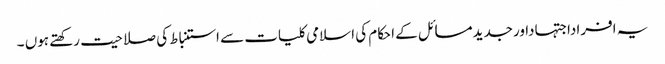
یہ افراداجتہاداورجدیدمسائل کے احکام کی اسلامی کلیات سے استنباط کی صلاحیت رکھتے ہوں ۔